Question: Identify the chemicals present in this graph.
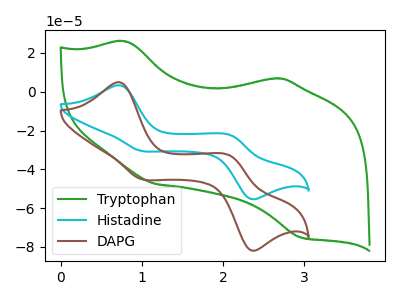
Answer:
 <answer>The green curve is labeled "Tryptophan". The cyan curve is labeled "Histadine". The brown curve is labeled "DAPG".</answer>
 <eval></eval>